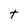
Character: t